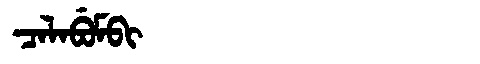
Manchu: ᠴᠠᠯᠠᠪᡠᠮᠪᡳ
Romanization: CALABUMBI